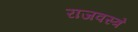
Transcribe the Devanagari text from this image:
राजवस्त्रे